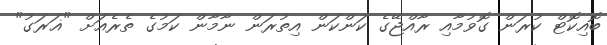
ބޮއިކޮޓް ކުރަން ގޮވުމާއި ރާއްޖޭގެ ކަންކަން އިތުރަން ނާމާން ކަމުގެ ތެރެއަށް "ޣަރަގު"